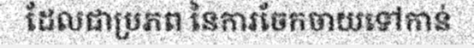
ដែលជាប្រភព នៃការចែកចាយទៅកាន់